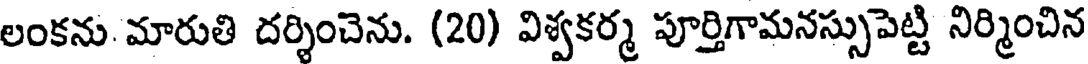
లంకను. మారుతి దర్శించెను. (20) విశ్వకర్మ పూర్తిగామనస్సుపెట్టి నిర్మించిన